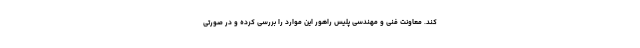
کند. معاونت فنی و مهندسی پلیس راهور این موارد را بررسی کرده و در صورتی